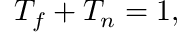
T _ { f } + T _ { n } = 1 ,